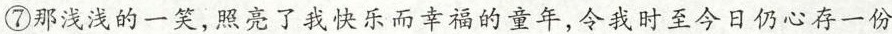
⑦那浅浅的一笑，照亮了我快乐而幸福的童年，令我时至今日仍心存一份